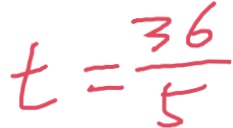
t = \frac { 3 6 } { 5 }